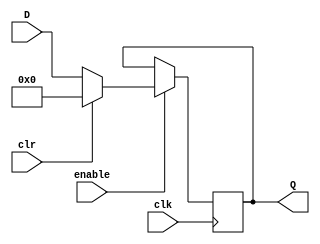
module register(D,clr,clk,enable,Q);
input[31:0] D;
input clr;
input clk;
input enable;
output reg[31:0] Q;
always @(posedge clk)
begin
	if(enable==1'b1)
		if(clr==1'b1)
			Q <= 0;
		else
			Q <= D;
end
endmodule